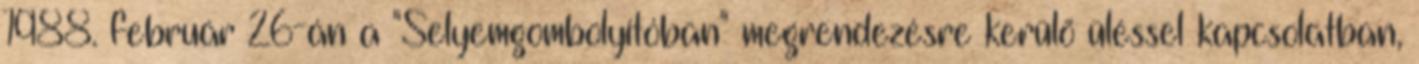
1988. február 26-án a "Selyemgombolyítóban" megrendezésre kerülõ üléssel kapcsolatban,